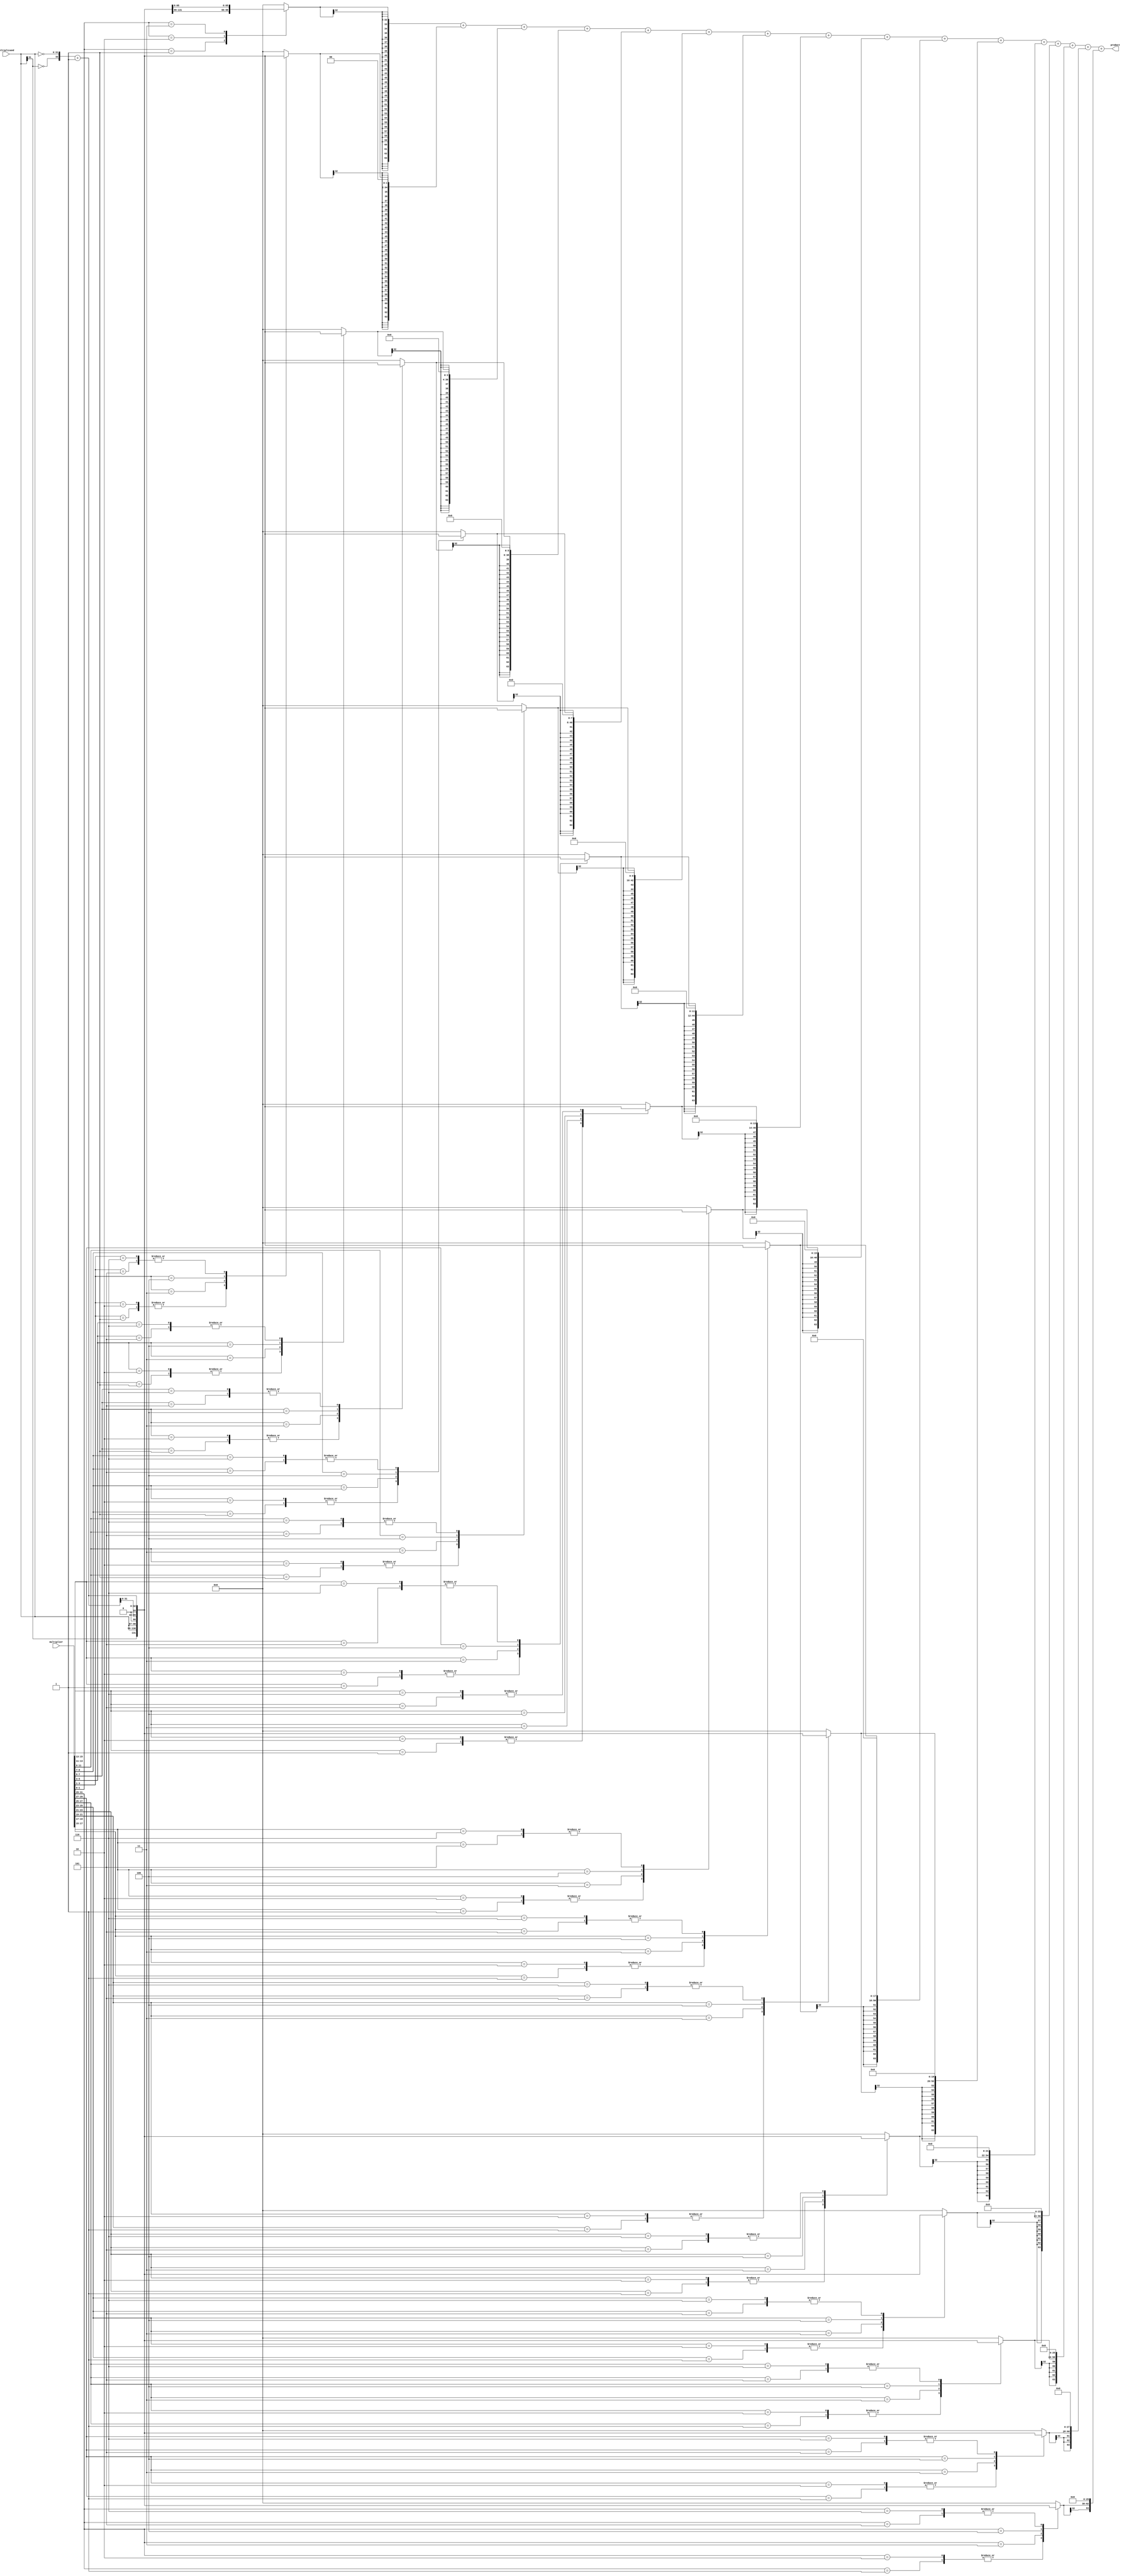
//bit pair recoding booth
module mul_32bit(input signed [31:0] multiplicand, multiplier, output[32*2-1:0] product);
	reg [2:0] column_control[(32 / 2) - 1:0]; // array to hold control bits for each column (16 3 bit register)
	reg [32:0] partial_products[(32 / 2) - 1:0]; // array to hold partial products for each column
	reg[32*2-1:0] signed_partial_products[(32 / 2) - 1:0]; // array to hold signed partial products for each column

	reg [32*2-1:0] final_product; // variable to hold the final product
	
	integer j, i; //iterator
	
	wire [32:0] inverted_multiplicand; // variable to hold the inverted multiplicand
	assign inverted_multiplicand = {~multiplicand[31], ~multiplicand} +1; // invert the multiplicand using two's complement
	
	always @ (multiplicand or multiplier or inverted_multiplicand) //if any change do the function
	begin
		// initialize
		column_control[0] = {multiplier[1], multiplier[0], 1'b0};
		
		for (j=1; j < (32/2); j = j+1)
			column_control[j] = {multiplier[2*j+1], multiplier[2*j], multiplier[2*j-1]};
			
		// calculate partial products for each column
		for (j=0; j < (32/2); j = j+1) 
		begin	
			case(column_control[j])
				3'b001 : partial_products[j] = {multiplicand[32-1], multiplicand}; // multiplicand * 1 ( 1+0+0)
				3'b010 : partial_products[j] = {multiplicand[32-1], multiplicand}; // multiplicand * 1
				3'b011 : partial_products[j] = {multiplicand, 1'b0}; // multiplicand * 2 same as adding 0
				3'b100 : partial_products[j] = {inverted_multiplicand[32-1:0], 1'b0}; // -2 * multiplicnd
				3'b101 : partial_products[j] = inverted_multiplicand; // (-multiplicand) * -1
				3'b110 : partial_products[j] = inverted_multiplicand; // (-multiplicand) * -1
				3'b111 : partial_products[j] = 0; // (multiplicand) * 0
				default : partial_products[j] = 0; // 0
			endcase
			signed_partial_products[j] = $signed(partial_products[j]); // convert partial products to signed numbers
			
			// shift partial products by the appropriate amount
			for (i=0 ; i<j ; i = i + 1)
				signed_partial_products[j] = {signed_partial_products[j], 2'b00};
		end
	
		final_product = signed_partial_products[0]; // initialize final product to the first partial product
	
		// add up all the partial products to get the final product
		for (j=1; j < (32/2); j = j+1)
			final_product = final_product + signed_partial_products[j];
	end
	
	assign product = final_product; // assign the final product to the output
endmodule